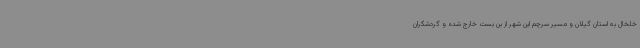
خلخال به استان گیلان و مسیر سرچم این شهر از بن بست خارج شده و گردشگران